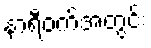
နာရီဝက်အတွင်း